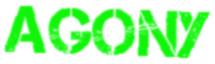
agony